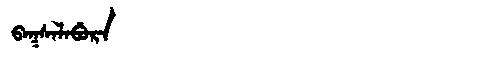
Manchu: ᠪᠠᡴᠰᠠᠯᠠᠪᡠᡵᠠ
Romanization: BAKSALABURA